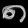
Digit: ၈